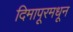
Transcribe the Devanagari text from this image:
दिमापूरमधून